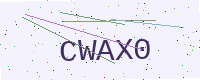
Text: CWAX0